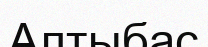
Алтыбас